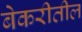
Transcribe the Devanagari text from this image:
बेकरीतील